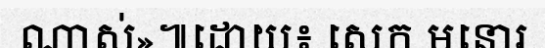
ណាស់»៕ដោយ៖ សេក មនោរ